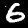
Digit: 6